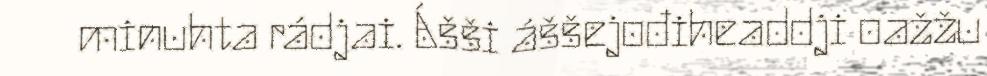
minuhta rádjai. Ášši áššejođiheaddji oažžu